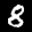
Label: 8